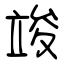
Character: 竣